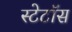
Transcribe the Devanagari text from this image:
स्टेटॉस